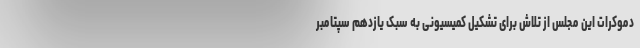
دموکرات این مجلس از تلاش برای تشکیل کمیسیونی به سبک یازدهم سپتامبر